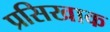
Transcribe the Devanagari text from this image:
प्रसिखाक